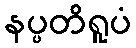
နပ္ပတိရူပံ